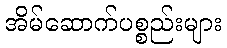
အိမ်ဆောက်ပစ္စည်းများ